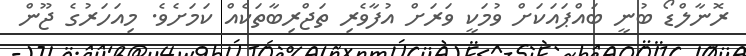
ރޮނާލްޑޯ ބުނީ ބައްޕައަކަށް ވުމަކީ ވަރަށް އުފާވެރި ތަޖްރިބާތަކެއް ކަމަށެވެ. މިއަހަރުގެ ޖޫން